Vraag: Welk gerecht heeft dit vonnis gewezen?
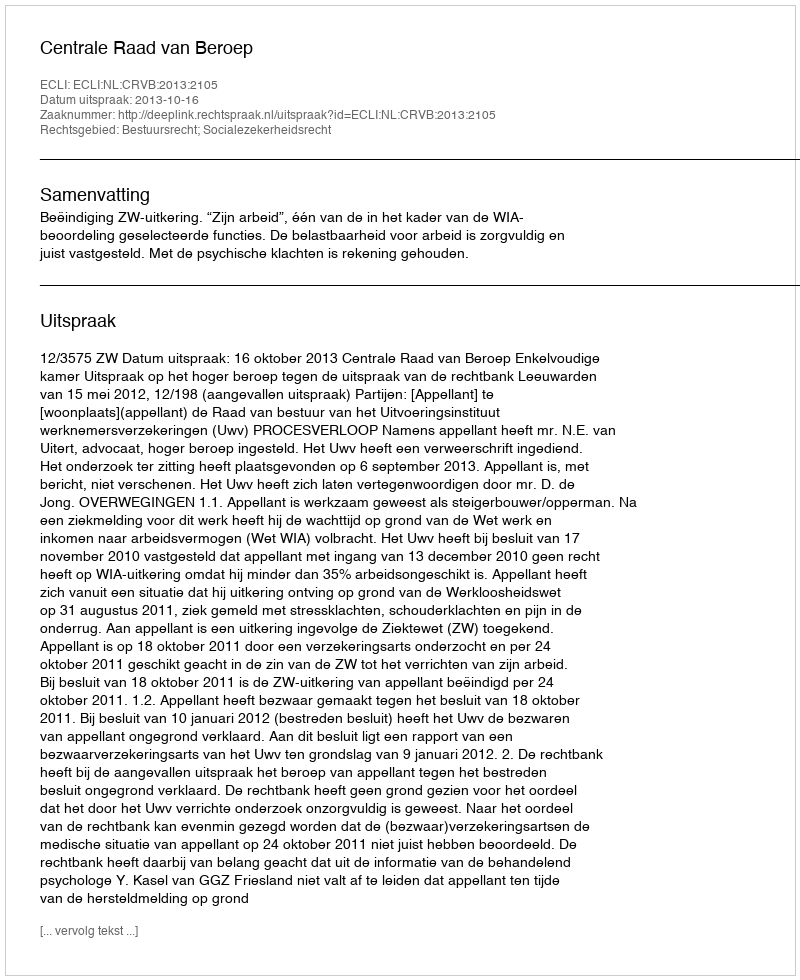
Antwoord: Centrale Raad van Beroep